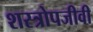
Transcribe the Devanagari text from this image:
शस्त्रोपजीवी